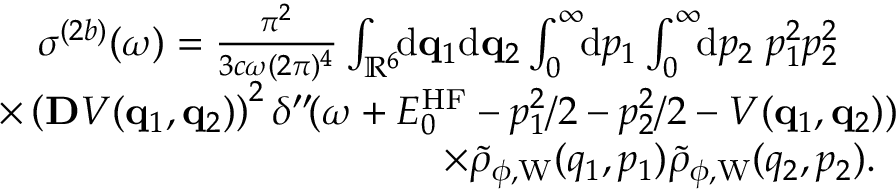
\begin{array} { r } { \sigma ^ { ( 2 b ) } ( \omega ) = \frac { \pi ^ { 2 } } { 3 c \omega ( 2 \pi ) ^ { 4 } } \int _ { \mathbb { R } ^ { 6 } } \! \! \ensuremath { \mathrm { d } } \ensuremath { \mathbf { q } } _ { 1 } \ensuremath { \mathrm { d } } \ensuremath { \mathbf { q } } _ { 2 } \int _ { 0 } ^ { \infty } \! \! \ensuremath { \mathrm { d } } p _ { 1 } \int _ { 0 } ^ { \infty } \! \! \ensuremath { \mathrm { d } } p _ { 2 } \; p _ { 1 } ^ { 2 } p _ { 2 } ^ { 2 } \phantom { x x x } } \\ { \times \left( \ensuremath { \mathbf { D } } V ( \ensuremath { \mathbf { q } } _ { 1 } , \ensuremath { \mathbf { q } } _ { 2 } ) \right) ^ { 2 } \delta ^ { \prime \prime } \! ( \omega + E _ { 0 } ^ { \mathrm { H F } } - p _ { 1 } ^ { 2 } / 2 - p _ { 2 } ^ { 2 } / 2 - V ( \ensuremath { \mathbf { q } } _ { 1 } , \ensuremath { \mathbf { q } } _ { 2 } ) ) } \\ { \times \tilde { \rho } _ { \phi , \mathrm { W } } ( q _ { 1 } , p _ { 1 } ) \tilde { \rho } _ { \phi , \mathrm { W } } ( q _ { 2 } , p _ { 2 } ) . \; \; } \end{array}